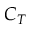
C _ { T }